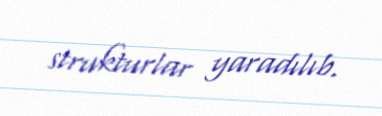
strukturlar yaradılıb.